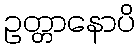
ဥတ္တာနောပိ